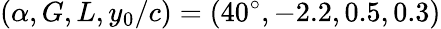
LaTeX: (\alpha,G,L,y_{0}/c)=(40^{\circ},-2.2,0.5,0.3)